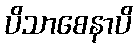
ပိသာစေနာပိ